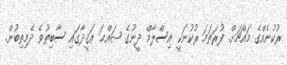
ރުކުނެއްގެ މައްޗަށް. ފުރަތަމަ ރުކުނަކީ އިސްލާމް ދީނުގެ ޞައްޙަ ޢަޤީދާގައި ސާބިތުވެ ދެމިތިބުން.